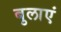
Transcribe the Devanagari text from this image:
बुलाएं